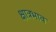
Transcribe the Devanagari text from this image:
क्षात्रभाव